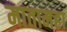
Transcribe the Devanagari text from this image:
मातामहा